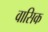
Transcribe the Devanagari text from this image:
वासिक